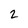
Character: 2